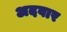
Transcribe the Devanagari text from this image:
अदवार